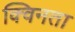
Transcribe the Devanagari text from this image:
क्विनता